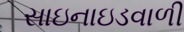
સાઇનાઇડવાળી